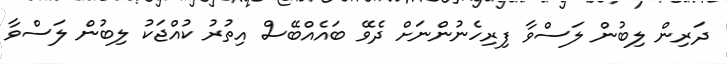
ދަރިން ލިބުން ލަސްވާ ފިރިހެނުންނަށް ދެވޭ ބައެއްބޭސް އިތުރު ކުއްޖަކު ލިބުން ލަސްވާ